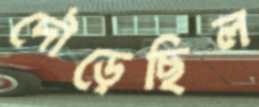
দৌড়েছিল